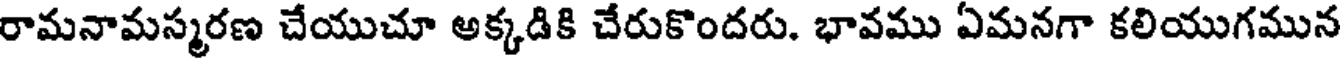
రామనామస్మరణ చేయుచూ అక్కడికి చేరుకొందరు. భావము ఏమనగా కలియుగమున